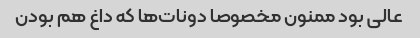
عالی بود ممنون مخصوصا دونات‌ها که داغ هم بودن